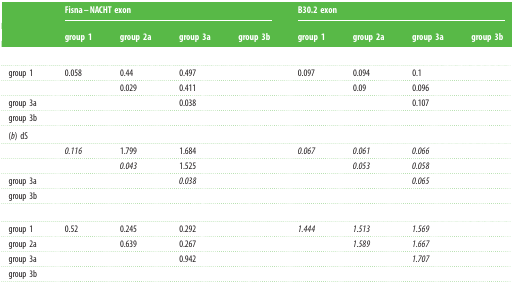
<table><thead><tr><td>[EMPTY_CELL]</td><td colspan="4"><b>Fisna–NACHT exon</b></td><td colspan="4"><b>B30.2 exon</b></td></tr><tr><td>[EMPTY_CELL]</td><td><b>group 1</b></td><td><b>group 2a</b></td><td><b>group 3a</b></td><td><b>group 3b</b></td><td><b>group 1</b></td><td><b>group 2a</b></td><td><b>group 3a</b></td><td><b>group 3b</b></td></tr></thead><tbody><tr><td colspan="9">[EMPTY_CELL]</td></tr><tr><td>group 1</td><td>0.058</td><td>0.44</td><td>0.497</td><td>[EMPTY_CELL]</td><td>0.097</td><td>0.094</td><td>0.1</td><td>[EMPTY_CELL]</td></tr><tr><td>[EMPTY_CELL]</td><td>[EMPTY_CELL]</td><td>0.029</td><td>0.411</td><td>[EMPTY_CELL]</td><td>[EMPTY_CELL]</td><td>0.09</td><td>0.096</td><td>[EMPTY_CELL]</td></tr><tr><td>group 3a</td><td>[EMPTY_CELL]</td><td>[EMPTY_CELL]</td><td>0.038</td><td>[EMPTY_CELL]</td><td>[EMPTY_CELL]</td><td>[EMPTY_CELL]</td><td>0.107</td><td>[EMPTY_CELL]</td></tr><tr><td>group 3b</td><td>[EMPTY_CELL]</td><td>[EMPTY_CELL]</td><td>[EMPTY_CELL]</td><td>[EMPTY_CELL]</td><td>[EMPTY_CELL]</td><td>[EMPTY_CELL]</td><td>[EMPTY_CELL]</td><td>[EMPTY_CELL]</td></tr><tr><td colspan="9">(<i>b</i>) dS</td></tr><tr><td>[EMPTY_CELL]</td><td><i>0</i><i>.</i><i>116</i></td><td>1.799</td><td>1.684</td><td>[EMPTY_CELL]</td><td><i>0</i><i>.</i><i>067</i></td><td><i>0</i><i>.</i><i>061</i></td><td><i>0</i><i>.</i><i>066</i></td><td>[EMPTY_CELL]</td></tr><tr><td>[EMPTY_CELL]</td><td>[EMPTY_CELL]</td><td><i>0</i><i>.</i><i>043</i></td><td>1.525</td><td>[EMPTY_CELL]</td><td>[EMPTY_CELL]</td><td><i>0</i><i>.</i><i>053</i></td><td><i>0</i><i>.</i><i>058</i></td><td>[EMPTY_CELL]</td></tr><tr><td>group 3a</td><td>[EMPTY_CELL]</td><td>[EMPTY_CELL]</td><td><i>0</i><i>.</i><i>038</i></td><td>[EMPTY_CELL]</td><td>[EMPTY_CELL]</td><td>[EMPTY_CELL]</td><td><i>0</i><i>.</i><i>065</i></td><td>[EMPTY_CELL]</td></tr><tr><td>group 3b</td><td>[EMPTY_CELL]</td><td>[EMPTY_CELL]</td><td>[EMPTY_CELL]</td><td>[EMPTY_CELL]</td><td>[EMPTY_CELL]</td><td>[EMPTY_CELL]</td><td>[EMPTY_CELL]</td><td>[EMPTY_CELL]</td></tr><tr><td colspan="9">[EMPTY_CELL]</td></tr><tr><td>group 1</td><td>0.52</td><td>0.245</td><td>0.292</td><td>[EMPTY_CELL]</td><td><i>1</i><i>.</i><i>444</i></td><td><i>1</i><i>.</i><i>513</i></td><td><i>1</i><i>.</i><i>569</i></td><td>[EMPTY_CELL]</td></tr><tr><td>group 2a</td><td>[EMPTY_CELL]</td><td>0.639</td><td>0.267</td><td>[EMPTY_CELL]</td><td>[EMPTY_CELL]</td><td><i>1</i><i>.</i><i>589</i></td><td><i>1</i><i>.</i><i>667</i></td><td>[EMPTY_CELL]</td></tr><tr><td>group 3a</td><td>[EMPTY_CELL]</td><td>[EMPTY_CELL]</td><td>0.942</td><td>[EMPTY_CELL]</td><td>[EMPTY_CELL]</td><td>[EMPTY_CELL]</td><td><i>1</i><i>.</i><i>707</i></td><td>[EMPTY_CELL]</td></tr><tr><td>group 3b</td><td>[EMPTY_CELL]</td><td>[EMPTY_CELL]</td><td>[EMPTY_CELL]</td><td>[EMPTY_CELL]</td><td>[EMPTY_CELL]</td><td>[EMPTY_CELL]</td><td>[EMPTY_CELL]</td><td>[EMPTY_CELL]</td></tr></tbody></table>